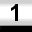
Digit: 1